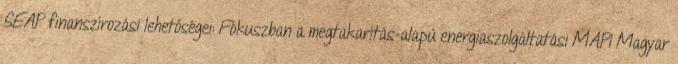
SEAP finanszírozási lehetőségei: Fókuszban a megtakarítás-alapú energiaszolgáltatási MAPI Magyar